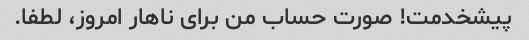
پیشخدمت! صورت حساب من برای ناهار امروز، لطفا.